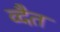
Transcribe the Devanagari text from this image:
व्दैत